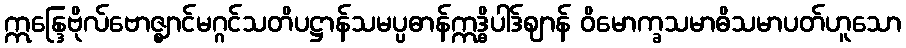
ဣန္ဒြေဗိုလ်ဗောဇ္ဈာင်မဂ္ဂင်သတိပဋ္ဌာန်သမပ္ပဓာန်ဣဒ္ဓိပါဒ်ဈာန် ဝိမောက္ခသမာဓိသမာပတ်ဟူသော